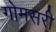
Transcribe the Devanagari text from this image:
गोमसरी